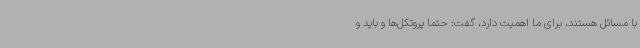
با مسائل هستند، برای ما اهمیت دارد، گفت: حتما پروتکل‌ها و باید و